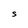
Character: S